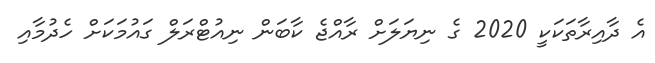
އެ ދާއިރާތަކަކީ 2020 ގެ ނިޔަލަށް ރާއްޖެ ކާބަން ނިއުޓްރަލް ގައުމަކަށް ހެދުމާއި